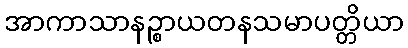
အာကာသာနဉ္စာယတနသမာပတ္တိယာ